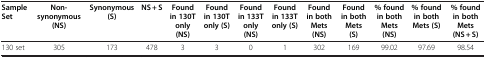
<table><thead><tr><td><b>Sample Set</b></td><td><b>Non-synonymous (NS)</b></td><td><b>Synonymous (S)</b></td><td><b>NS + S</b></td><td><b>Found in 130T only (NS)</b></td><td><b>Found in 130T only (S)</b></td><td><b>Found in 133T only (NS)</b></td><td><b>Found in 133T only (S)</b></td><td><b>Found in both Mets (NS)</b></td><td><b>Found in both Mets (S)</b></td><td><b>% found in both Mets (NS)</b></td><td><b>% found in both Mets (S)</b></td><td><b>% found in both Mets (NS + S)</b></td></tr></thead><tbody><tr><td>130 set</td><td>305</td><td>173</td><td>478</td><td>3</td><td>3</td><td>0</td><td>1</td><td>302</td><td>169</td><td>99.02</td><td>97.69</td><td>98.54</td></tr></tbody></table>